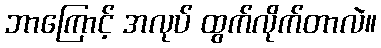
ဘာကြောင့် အလုပ် ထွက်လိုက်တာလဲ။